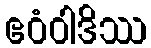
ဧဝံဝါဒိဿ